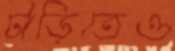
টাড়িতেও